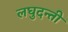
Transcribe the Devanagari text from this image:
लघुदन्ती